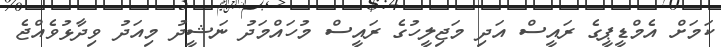
ކަމަށް އެމްޑީޕީގެ ރައީސް އަދި މަޖިލީހުގެ ރައީސް މުހައްމަދު ނަޝީދު މިއަދު ވިދާޅުވެއްޖެ